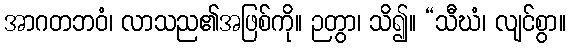
အာဂတဘဝံ၊ လာသည၏အဖြစ်ကို။ ဉတွာ၊ သိ၍။ “သီဃံ၊ လျင်စွာ။